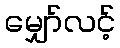
မျှော်လင့်